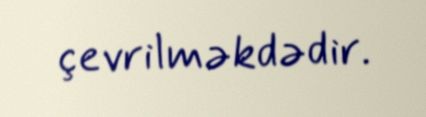
çevrilməkdədir.